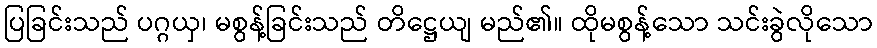
ပြခြင်းသည် ပဂ္ဂယှ၊ မစွန့်ခြင်းသည် တိဋ္ဌေယျ မည်၏။ ထိုမစွန့်သော သင်းခွဲလိုသော